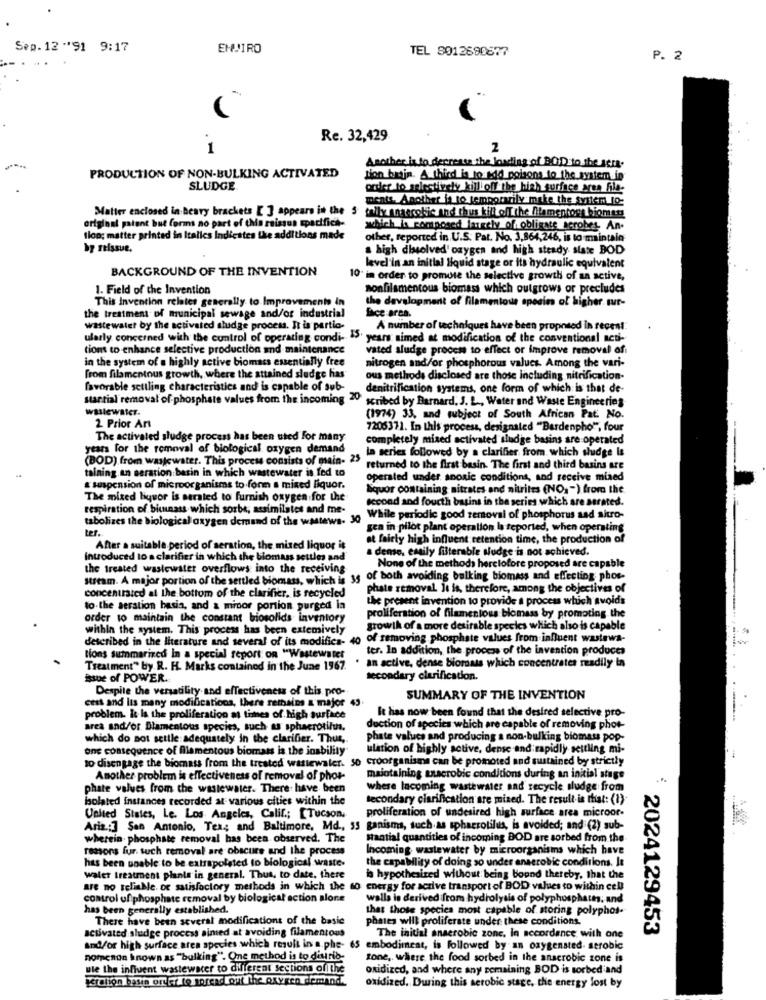
Sep. 12 ** 91 9:17
ENJIRO
TEL 8012690877
P. 2
Re. 32,429
1
2
Another is to decrease the loading of BOD to the sema.
PRODUCTION OF NON-BULKING ACTIVATED
tion brajn. A third is to add poisons to the system in
SLUDGE
order to selectively killioff the high surface area file-
ments. Another is to temporarily make the system to
original paient but forms no part of this raissus spacifica-
Matter enclosed in heavy brackets [ ] appears in the 5 tally anaerobic and thus kilt off the Mementoes biomes
which is composed ausely_of_ obligate acrobes An-
flon; matter printed in Italics Indicates the additions made
other, reported in.U.S. Pat. No. 3,864,246, is to maintain
a high dissolved' oxygen and high steady state BOD
BACKGROUND OF THE INVENTION
level in an initial liquid stage or its hydraulic equivalent
10' in order to promote the selective growth of an active,
1. Field of the Invention
nonfilamentous biomass which outgrows or precludes
This Invention relates generally to Improvements in
the development of filamentous sposins of higher. sur-
the treatment of municipal sewage and/or industrial
fice ares.
wastewater by the activated sludge process. It is partio.
A number of techniques have been proposed in recent
ularly concerned with the control of operating condi- ">' years aimed at modification of the conventional acti-
tions to enhance selective production and maintenance
vated sludge proces to effect or improve removal of
in the system of a highly active biomass essentially free
nitrogen and/or phosphorous values. Among the vari-
from filamentous growth, where the attained sludge has
ous methods disclosed are those including nitrification-
favorable settling characteristics and is capable of sub-
denitrification systems, one form of which is that de-
Martial removal of phosphate values from the incoming 20
scribed by Barnard, S. L ., Water and Waste Engineeries
wastewater.
(1974) 33, and subject of South African Pat. No.
2. Prior Art
7205371. In this process, designated "Bardenpho"", four
The activaled sludge process has been uted for many
completely mixed activated sludge basins are operated
years for the removal of biological oxygen demand
In series followed by a clarifier from which sludge Is
(BOD) from wasjewater. This process consists of main- 25
taining.an seration:basin in which wastewater is fed to
returned to the first basin. The first and third basins are
operated under anoxic conditions, and receive mixed
& suspension of microorganisms to form a mixed liquor.
Squor containing nitrates and nitrites (NO, ") from the
The mixed liquor is strated to furnish oxygen for the
second and fourth basins in the series which are sorated.
respiration of biumnass which sorbe, assimilates and me-
tabolizes the biological oxygen demand of the wastews. 30
While periodic good removal of phosphorus and sitro-
ter.
gea in pilot plant operation la reported, when operating
et fairly high influent retention time, the production of
After a suitable period of seration, the mixed liquor it
a dense, emaily filterable sludge is not achieved.
introduced to a clarifier in which the biomass settles and
the treated wastewater overflows into the receiving
None of the methods heretofore proposed are capable
steam. A major portion of the sertled biomass, which is 35 of both avoiding bulking biomass and effecting phos-
phate removal It is, therefore, among the objectives of
concentrated at the bottom of the clarifier, is recycled
the present invention to provide a process which avoids
to.the aeration basis, and & mipor portion purged la
order to maintain the constant biosolids inventory
proliferation of filamentous biomass by promoting the
within the system. This process has been extemively
growth of a more desirable species which also is capable
described in the literature and several of its modifica- 40
of removing phosphate values from influent wastewa-
ter. In addition, the process of the invention produces
tions summarized In a special report on "Wastewater
an active, dense biomais which concentrates readily in
Treatment" by. R. H. Marks contained in the June 1967.
Bue of POWER.
secondary clarification.
Despite the versatility and effectiveness of this pro-
cest and lis many modifications, there remains a major 43.
SUMMARY OF THE INVENTION
It has now been found that the desired selective pro-
problem. It Is the proliferation at times of high surface
area and/or Blamentous species, such as sphaerotifus.
duction of species which are capable of removing phot-
which do not settle adequately in the clarifier. Thus,
phate values and producing a non-bulking biomass pop-
one consequence of filamentous biomass is the inability
ulation of highly active, dense and rapidly settling mi-
so disengage the biomass from the treated wastewater. 50 croorganisms can be promoted and sustained by strictly
Another problem is effectiveness of removal of phor-
maintaining macrobic conditions during an initial stage
phate values from the wastewater. There: have been
where Incoming wastewater and recycle sludge from
Isolated instances recorded at various cities within the
tecondary clarification are mixed. The result is that: (1)
proliferation of undesired high surface area microor-
United States, Le. Los Angeles, Calif .; [Tucson,
Ariz .: ] San Antonio, Tex; and Baltimore, Md ., 33 ganisms, such as sphaerotilus, is avoided; and (2) sub-
wherein. phosphate removal has been observed. The
Santial quantities of incoming BOD are sorbed from the
reasons fur. such removal are obscure and the process
Incoming wastewater by microorganisms which have
has been unable to be extrapolsted to biological waste-
the capability of doing so under anaerobic conditions. It
walet treatment plants in general. Thus, to date, there
is hypothesized without being bound thereby, that the
are no reliable. or satisfactory methods in which the so energy for scrive transport of BOD values to within cell
control uf phosphate removal by biological action alone
walls is derived from hydrolysis of polyphosphates; and
has been generally established.
that those species most capable of storing polyphos-
There have been several modifications of the basic
phases will proliferate under these conditions.
activated sludge process aimed at avoiding filamentous
2024129453
The initial anaerobic zone, In accordance with one
and/or high surface area species which result in a.phe- 65 embodiment, is followed by an oxygensted. serobic
nomenoa known as ""bulking". One method is to disirio-
tone, where the food sorbed in the anaerobic zone is
ule the influent wastewater to different sections of the
oxidized, and where any remaining BOD is sorbed and
Icralion bpsin order to noread out the oxygen demand.
oxidized. During this aerobic stage, the energy lost by